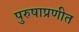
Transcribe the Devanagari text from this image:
पुरुषाप्रणीत